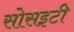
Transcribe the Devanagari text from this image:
सोसइटी